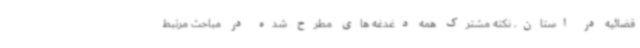
قضائیه در استان، نکته مشترک همه دغدغه های مطرح شده در مباحث مرتبط